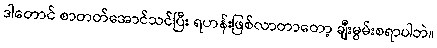
ဒါတောင် စာတတ်အောင်သင်ပြီး ရဟန်းဖြစ်လာတာတော့ ချီးမွမ်းစရာပါဘဲ။